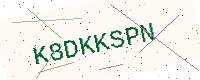
Text: K8DKKSPN